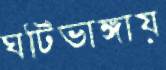
ঘটিভাঙ্গায়